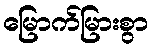
မြောက်မြားစွာ